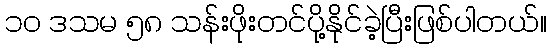
၁၀ ဒသမ ၅၈ သန်းဖိုးတင်ပို့နိုင်ခဲ့ပြီးဖြစ်ပါတယ်။